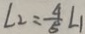
\angle 2 = \frac { 4 } { 5 } \angle 1